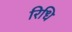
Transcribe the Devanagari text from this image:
रिधि